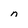
Character: n